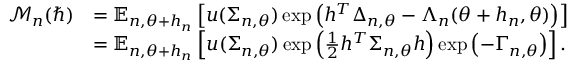
\begin{array} { r l } { \mathcal M _ { n } ( \hbar ) } & { = { \mathbb E } _ { n , \theta + h _ { n } } \left[ u ( \Sigma _ { n , \theta } ) \exp \left( h ^ { T } \Delta _ { n , \theta } - \Lambda _ { n } ( \theta + h _ { n } , \theta ) \right) \right] } \\ & { = { \mathbb E } _ { n , \theta + h _ { n } } \left[ u ( \Sigma _ { n , \theta } ) \exp \left( \frac 1 2 h ^ { T } \Sigma _ { n , \theta } h \right) \exp \left( - \Gamma _ { n , \theta } \right) \right] . } \end{array}